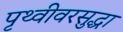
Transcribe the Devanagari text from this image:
पृथ्वीवरसुद्धा